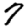
Digit: 7